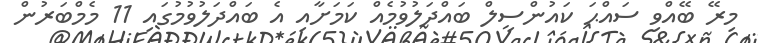
މިރޭ ބޭއްވި ސައްޙަ ކައުންސިލް ބައްދަލުވުމެއް ކަމަށާއި އެ ބައްދަލުވުމުގައި 11 މެމްބަރުން